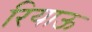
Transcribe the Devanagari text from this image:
रियाऊ